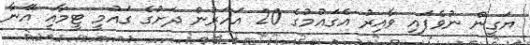
ޔަގީން ނުވެފައި ވާއިރު އެގައުމުގެ 20 އަހަރުން ދަށުގެ ގައުމީ ޓީމާއި އޭނާ